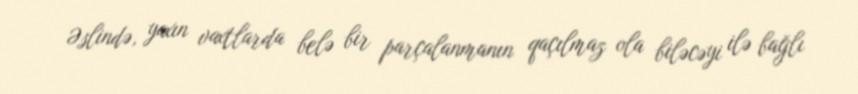
Əslində, yaxın vaxtlarda belə bir parçalanmanın qaçılmaz ola biləcəyi ilə bağlı